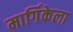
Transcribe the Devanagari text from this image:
मार्गिकेला